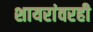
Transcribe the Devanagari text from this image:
शायरांवरही